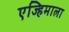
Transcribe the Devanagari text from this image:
एज्हिमाला